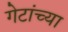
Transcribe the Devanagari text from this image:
गेटांच्या